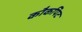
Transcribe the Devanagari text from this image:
कौकपिट